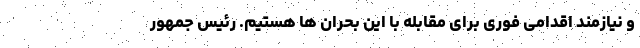
و نیازمند اقدامی فوری برای مقابله با این بحران ها هستیم. رئیس جمهور